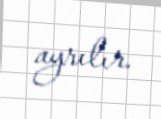
ayrılır.